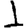
Digit: 1